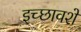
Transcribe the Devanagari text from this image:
इच्छावशें